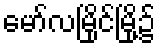
မော်လမြိုင်မြို့၌